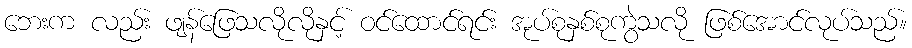
ဘေးက လည်း ဖျန်ဖြေသလိုလိုနှင့် ဝင်ထောင်ရင်း အုပ်စုနှစ်စုကွဲသလို ဖြစ်အောင်လုပ်သည်။